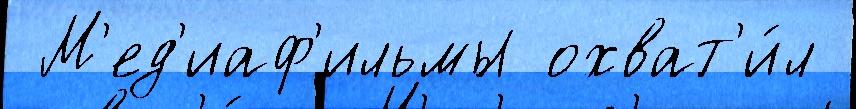
 М'ед'иаф'ильмы охват'и́л